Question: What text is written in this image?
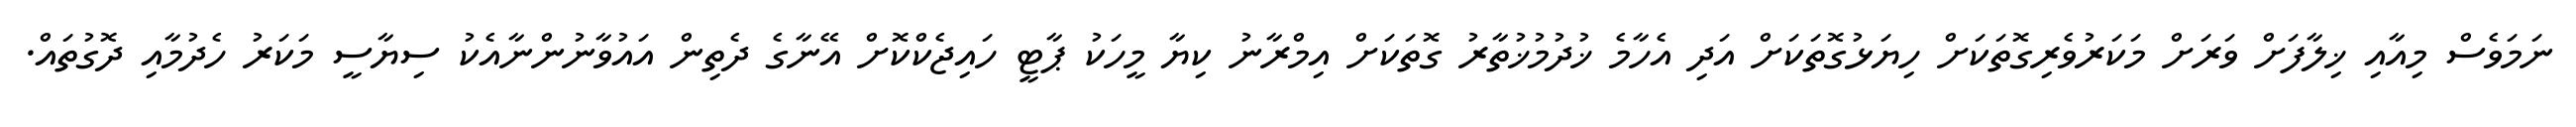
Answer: ނަމަވެސް މިއާއި ޚިލާފަށް ވަރަށް މަކަރުވެރިގޮތަކަށް ހިޔަޅުގޮތަކަށް އަދި އެހާމެ ޚުދުމުޚުތާރު ގޮތަކަށް އިމްރާނު ކިޔާ މީހަކު ޕާޓީ ހައިޖެކްކޮށް އޭނާގެ ދެތިން އައުވާނުންނާއެކު ސިޔާސީ މަކަރު ހެދުމާއި ދޮގުތައް.